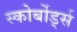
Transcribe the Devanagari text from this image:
स्कोर्बोर्ड्स